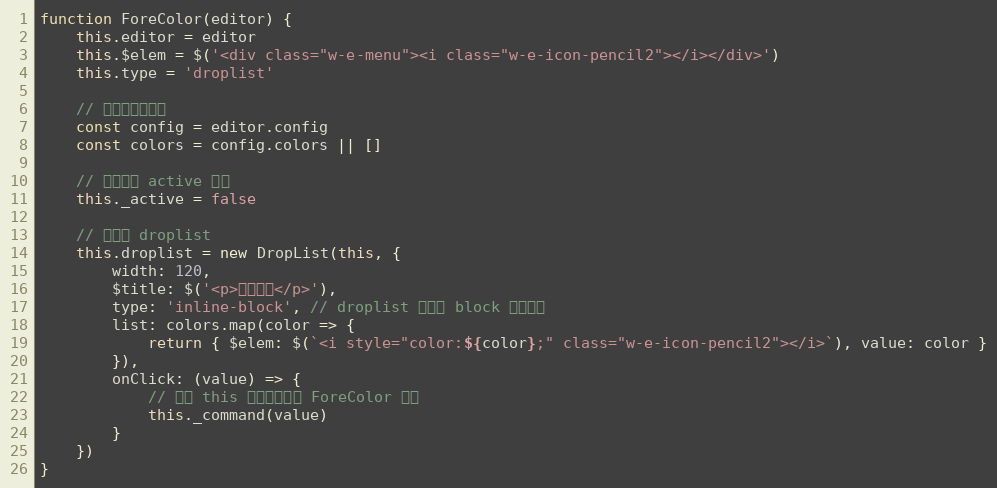
Language: JavaScript
function ForeColor(editor) {
    this.editor = editor
    this.$elem = $('<div class="w-e-menu"><i class="w-e-icon-pencil2"></i></div>')
    this.type = 'droplist'

    // 获取配置的颜色
    const config = editor.config
    const colors = config.colors || []

    // 当前是否 active 状态
    this._active = false

    // 初始化 droplist
    this.droplist = new DropList(this, {
        width: 120,
        $title: $('<p>文字颜色</p>'),
        type: 'inline-block', // droplist 内容以 block 形式展示
        list: colors.map(color => {
            return { $elem: $(`<i style="color:${color};" class="w-e-icon-pencil2"></i>`), value: color }
        }),
        onClick: (value) => {
            // 注意 this 是指向当前的 ForeColor 对象
            this._command(value)
        }
    })
}